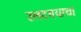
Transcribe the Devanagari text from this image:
उलटण्याचा